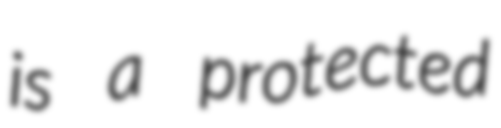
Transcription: is a protected